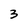
Character: 3